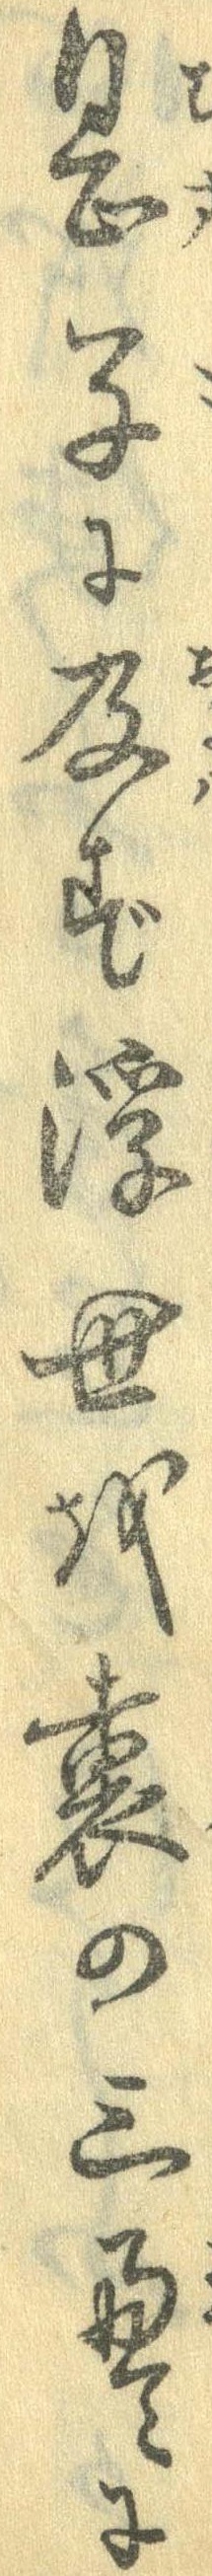
息子に及ず浮世を裏の三畳に